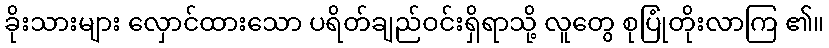
ခိုးသားများ လှောင်ထားသော ပရိတ်ချည်ဝင်းရှိရာသို့ လူတွေ စုပြုံတိုးလာကြ ၏။